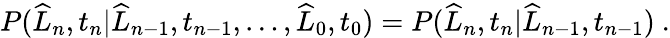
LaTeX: \begin{array}{r}{P(\widehat{L}_{n},t_{n}|\widehat{L}_{n-1},t_{n-1},\dots,\widehat{L}_{0},t_{0})=P(\widehat{L}_{n},t_{n}|\widehat{L}_{n-1},t_{n-1})\ .}\end{array}